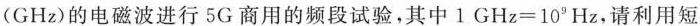
(GHz)的电磁波进行5G商用的频段试验，其中$$1GHz=10Hz$$，请利用短